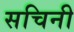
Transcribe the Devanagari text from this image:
सचिनी